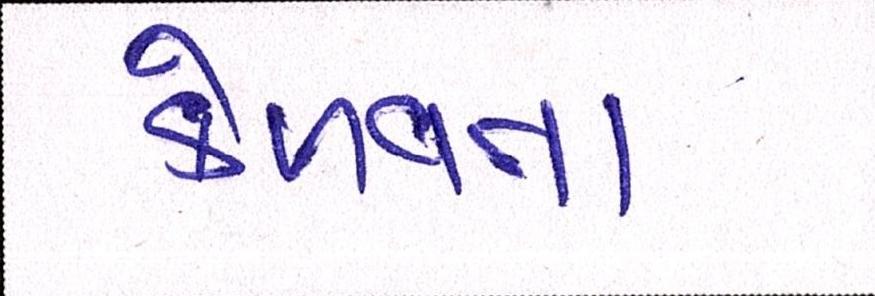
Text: કેળવતા